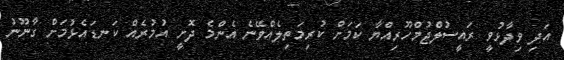
އަދި ވިދާޅުވީ ރައީސުލްޖުމްހޫރިއްޔާ ކަމަށް ކުރިމަތިލެއްވޭނެ އެންމެ ދޮށީ އުމުރެއް ކަނޑައެޅުމަށް ގާނޫނު